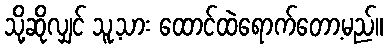
သို့ဆိုလျှင် သူ့သား ထောင်ထဲရောက်တော့မည်။